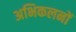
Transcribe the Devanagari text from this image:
अभिकलनों